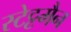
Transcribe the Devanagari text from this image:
स्टेट्टमैन